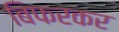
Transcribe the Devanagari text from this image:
बिफरकर